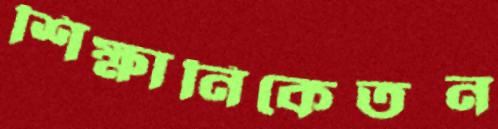
শিক্ষানিকেতন